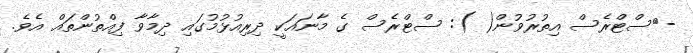
-	ސްޓްރެސް އިތުރުވުން( ): ސްޓްރެސް ގެ މާނައަކީ ދިރިއުޅުމުގައި ދިމާވާ ފިއްތުންތައް އެވެ.